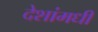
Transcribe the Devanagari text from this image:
देशांमधी